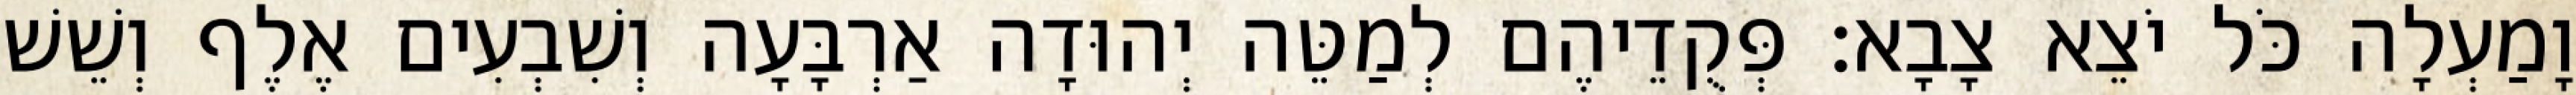
וָמַעְלָה כֹּל יֹצֵא צָבָא׃ פְּקֻדֵיהֶם לְמַטֵּה יְהוּדָה אַרְבָּעָה וְשִׁבְעִים אֶלֶף וְשֵׁשׁ